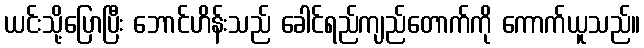
ယင်းသို့ပြောပြီး ဘောင်ဟိန်းသည် ခေါင်ရည်ကျည်တောက်ကို ကောက်ယူသည်။